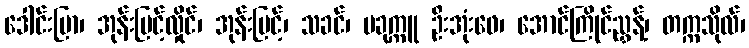
ဒေါင်းပြာ၊ အုန်းမြင့်လှိုင်၊ အုန်းမြင့်၊ သခင်၊ ပခုက္ကူ ဦးအုံးဖေ၊ အောင်ကြိုင်ညွှန့်၊ တက္ကသိုလ်၊